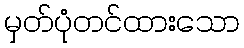
မှတ်ပုံတင်ထားသော